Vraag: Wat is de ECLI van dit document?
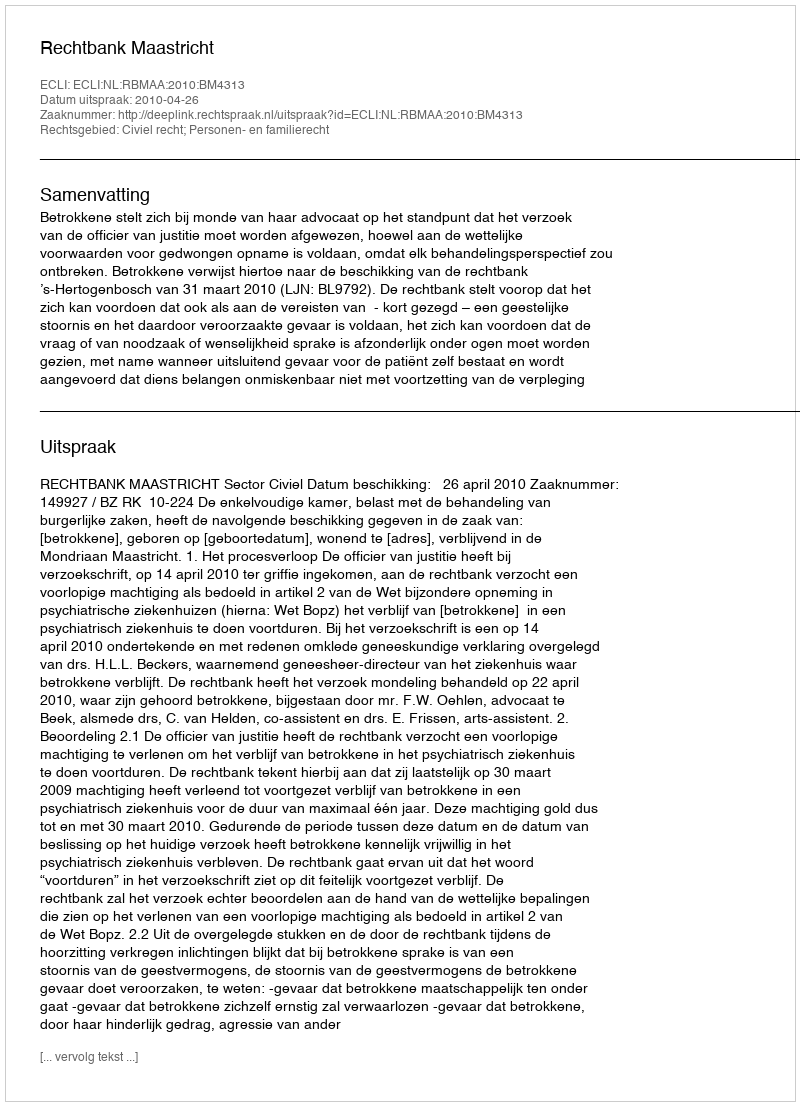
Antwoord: ECLI:NL:RBMAA:2010:BM4313